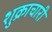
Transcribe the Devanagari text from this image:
शुक्राचारी